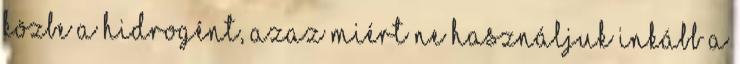
közbe a hidrogént, azaz miért ne használjuk inkább a